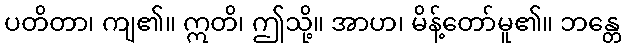
ပတိတာ၊ ကျ၏။ ဣတိ၊ ဤသို့။ အာဟ၊ မိန့်တော်မူ၏။ ဘန္တေ